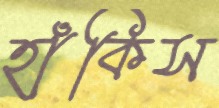
হাঁকিস